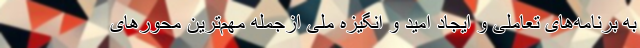
به برنامه‌های تعاملی و ایجاد امید و انگیزه ملی ازجمله مهم‌ترین محورهای